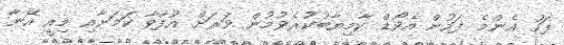
ފަހު އެންމެ ފަހުން އެވޯޑް ކާމިޔާބުކުރެވުމުން ވަރަށް އުފާވާ ކަމަށާއި މިއީ އޭނާ